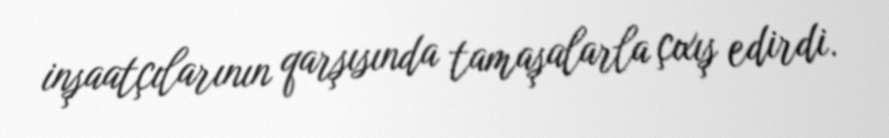
inşaatçılarının qarşısında tamaşalarla çıxış edirdi.